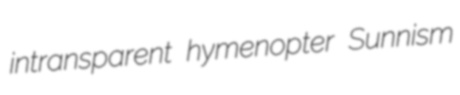
intransparent hymenopter Sunnism